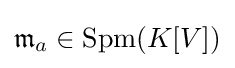
{\mathfrak {m}}_{a}\in \mathrm {Spm} (K[V])